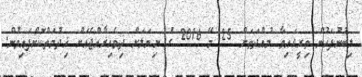
ލިބުނުފަހުން ތިރީގައިވާ މުއްދަތަށް 25 މޭ 2016 ގެ ނިޔަލަށް ދިވެހިރާއްޖެއަށް ޚިދުމަތްކޮށްފައިވުން.